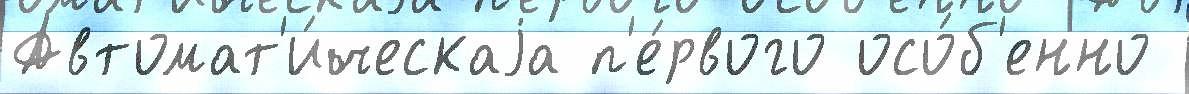
Автомат'и́ческаjа п'е́рвого осо́б'енно